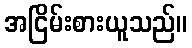
အငြိမ်းစားယူသည်။